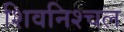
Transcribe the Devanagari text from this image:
शिवनिश्चल